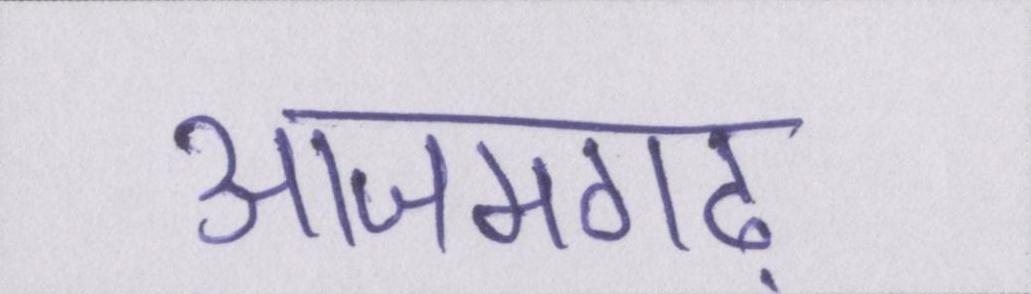
आजमगढ़